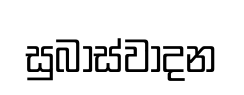
සුබාස්වාදන